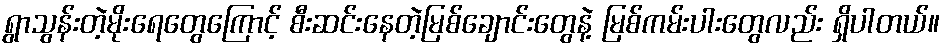
ရွာသွန်းတဲ့မိုးရေတွေကြောင့် စီးဆင်းနေတဲ့မြစ်ချောင်းတွေနဲ့ မြစ်ကမ်းပါးတွေလည်း ရှိပါတယ်။